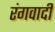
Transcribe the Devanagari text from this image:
रंगवादी